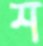
শ